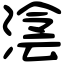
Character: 𣸮